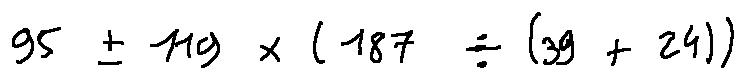
9 5 \pm 1 1 9 \times ( 1 8 7 \div ( 3 9 + 2 4 ) )